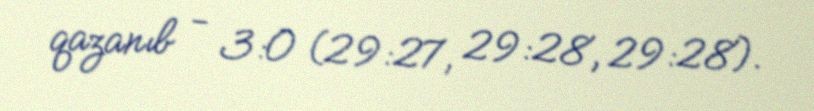
qazanıb - 3:0 (29:27, 29:28, 29:28).